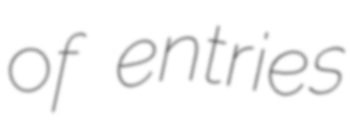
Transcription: of entries